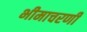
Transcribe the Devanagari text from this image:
भीमाचरणी